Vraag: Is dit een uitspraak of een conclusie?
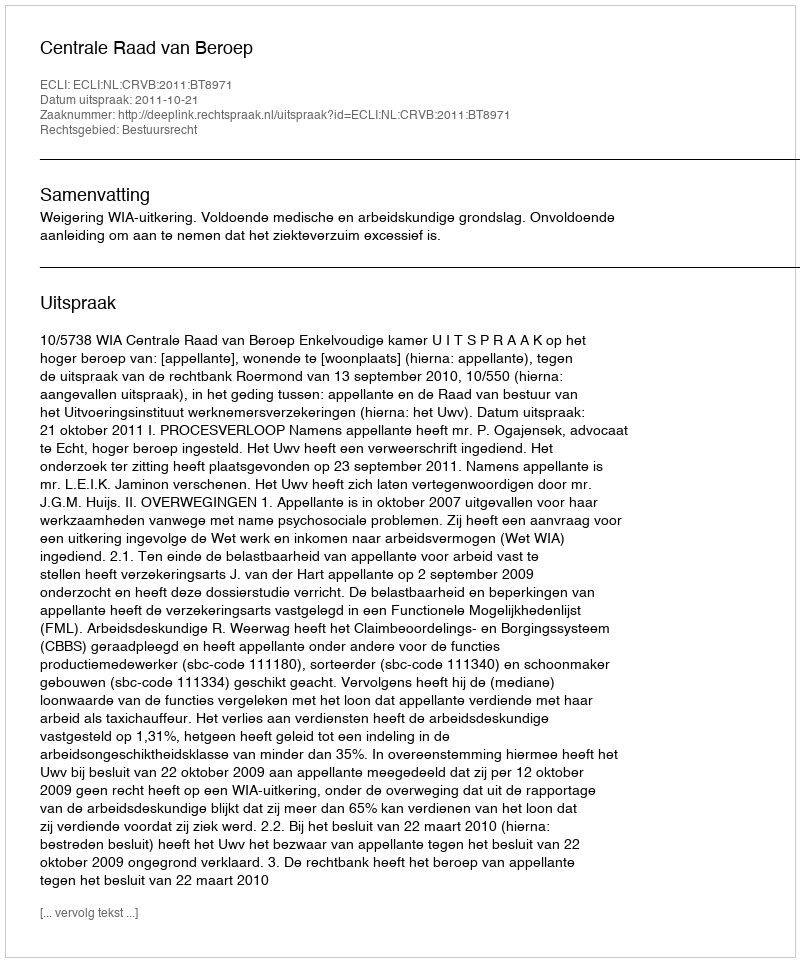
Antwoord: Uitspraak